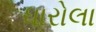
ધારોલા